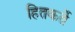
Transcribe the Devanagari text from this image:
हितकर्ते